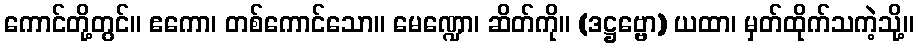
ကောင်တို့တွင်။ ဧကော၊ တစ်ကောင်သော။ မေဏ္ဍော၊ ဆိတ်ကို။ (ဒဋ္ဌဗ္ဗော) ယထာ၊ မှတ်ထိုက်သကဲ့သို့။